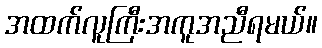
အထက်လူကြီးအကူအညီရမယ်။